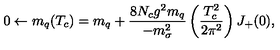
0 \leftarrow m _ { q } ( T _ { c } ) = m _ { q } + \frac { 8 N _ { c } g ^ { 2 } m _ { q } } { - m _ { \sigma } ^ { 2 } } \left( \frac { T _ { c } ^ { 2 } } { 2 \pi ^ { 2 } } \right) J _ { + } ( 0 ) ,